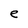
Character: e